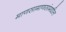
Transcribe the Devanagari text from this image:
माणसामाणसांमधील